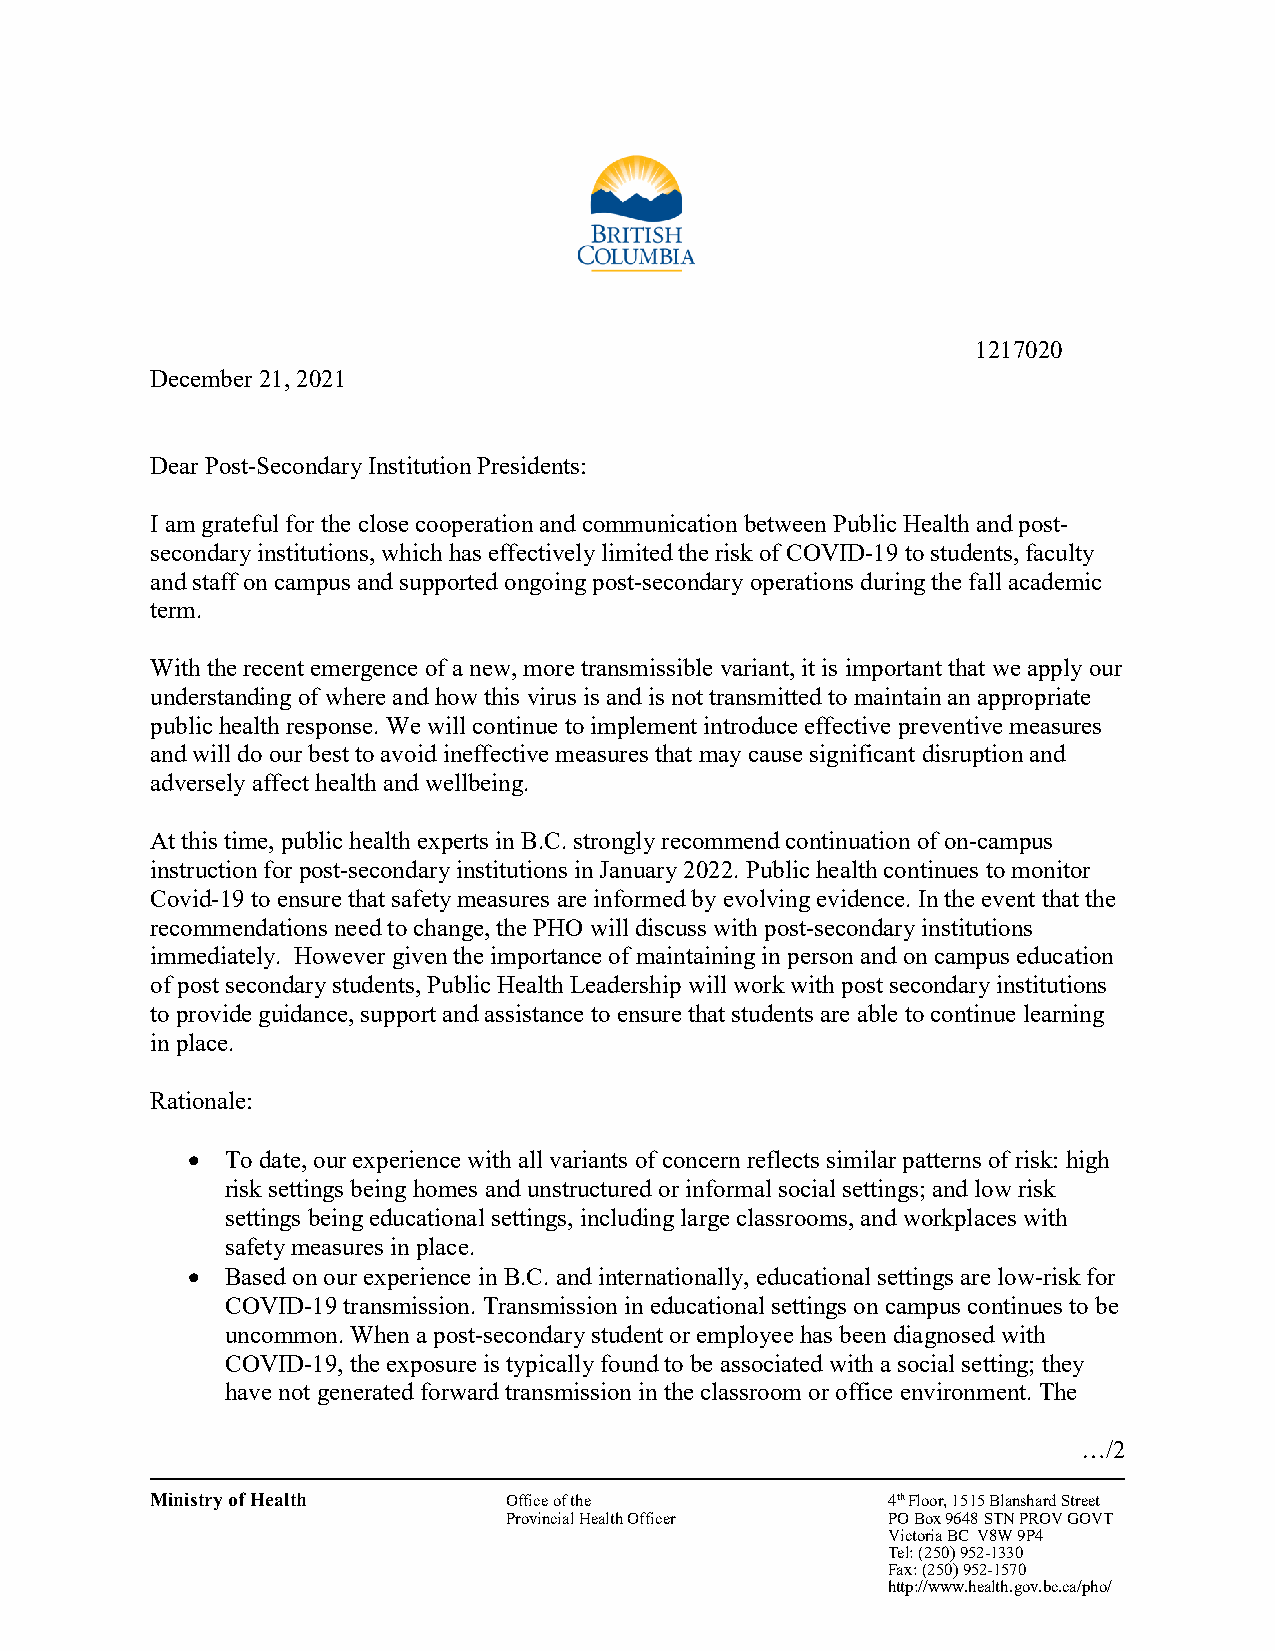
1217020
 December 21, 2021
 Dear Post-Secondary Institution Presidents:
 I am grateful for the close cooperation and communication between Public Health and post-
 secondary institutions, which has effectively limited the risk of COVID-19 to students, faculty
 and staff on campus and supported ongoing post-secondary operations during the fall academic
 term.
 With the recent emergence of a new, more transmissible variant, it is important that we apply our
 understanding of where and how this virus is and is not transmitted to maintain an appropriate
 public health response. We will continue to implement introduce effective preventive measures
 and will do our best to avoid ineffective measures that may cause significant disruption and
 adversely affect health and wellbeing.
 At this time, public health experts in B.C. strongly recommend continuation of on-campus
 instruction for post-secondary institutions in January 2022. Public health continues to monitor
 Covid-19 to ensure that safety measures are informed by evolving evidence. In the event that the
 recommendations need to change, the PHO will discuss with post-secondary institutions
 immediately. However given the importance of maintaining in person and on campus education
 of post secondary students, Public Health Leadership will work with post secondary institutions
 to provide guidance, support and assistance to ensure that students are able to continue learning
 in place.
 Rationale:
 •  To date, our experience with all variants of concern reflects similar patterns of risk: high
 risk settings being homes and unstructured or informal social settings; and low risk
 settings being educational settings, including large classrooms, and workplaces with
 safety measures in place.
 •  Based on our experience in B.C. and internationally, educational settings are low-risk for
 COVID-19 transmission. Transmission in educational settings on campus continues to be
 uncommon. When a post-secondary student or employee has been diagnosed with
 COVID-19, the exposure is typically found to be associated with a social setting; they
 have not generated forward transmission in the classroom or office environment. The
 …/2
 Ministry of Health      Office of the            4th Floor, 1515 Blanshard Street
 Provincial Health Officer PO Box 9648 STN PROV GOVT
 Victoria BC V8W 9P4
 Tel: (250) 952-1330
 Fax: (250) 952-1570
 http://www.health.gov.bc.ca/pho/